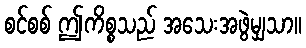
စင်စစ် ဤကိစ္စသည် အသေးအဖွဲမျှသာ။